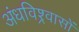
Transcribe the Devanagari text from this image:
अंधविश्र्वासों